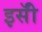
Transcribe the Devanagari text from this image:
इसॅी